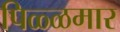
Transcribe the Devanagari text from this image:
पिळ्ळमार